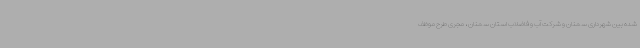
شده بین شهرداری سمنان و شرکت آب و فاضلاب استان سمنان ، مجری طرح موظف